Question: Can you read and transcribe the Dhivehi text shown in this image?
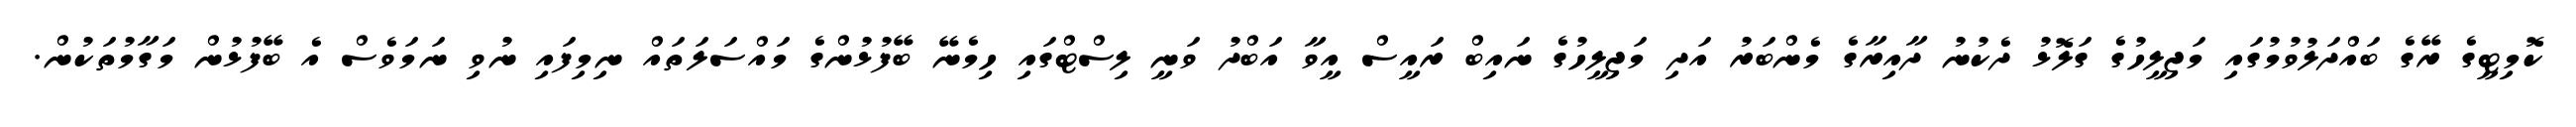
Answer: ކޮމިޓީގެ ރޭގެ ބައްދަލުވުމުގައި މަޖިލީހުގެ ގަލޮޅު ދެކުނު ދާއިރާގެ މެންބަރު އަދި މަޖިލީހުގެ ނައިބް ރައީސް އީވާ އަބްދު ވަނީ ލިސްޓްގައި ހިމެނޭ ބޭފުޅުންގެ މައްސަލަތައް ނިމިފައި ނުވި ނަމަވެސް އެ ބޭފުޅުން މަގާމުތަކުން.